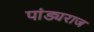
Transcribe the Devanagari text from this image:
पांड्यराज